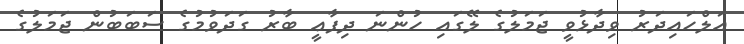
އަލްހައިދަރު ވިދާޅުވީ ޖަމަލުގެ ލޭގައި ހުންނަ ދިފާޢީ ބާރު ގަދަވުމުގެ ސަބަބުން ޖަމަލުގެ